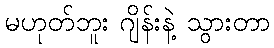
မဟုတ်ဘူး ဂျိန်းနဲ့ သွားတာ